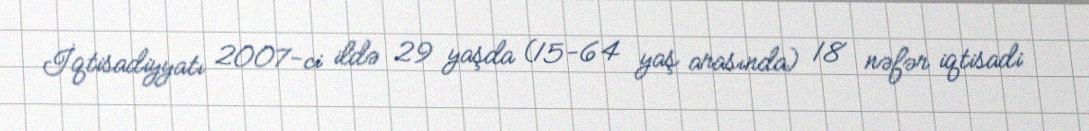
İqtisadiyyatı 2007-ci ildə 29 yaşda (15-64 yaş arasında) 18 nəfər iqtisadi